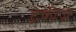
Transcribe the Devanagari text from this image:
ट्रेकीज़